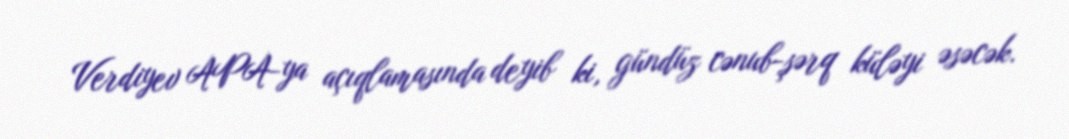
Verdiyev APA-ya açıqlamasında deyib ki, gündüz cənub-şərq küləyi əsəcək.